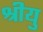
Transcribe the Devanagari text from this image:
श्रीयु